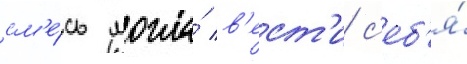
см'е́сь могла́ в'ест'и с'еб'я́